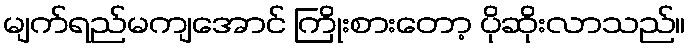
မျက်ရည်မကျအောင် ကြိုးစားတော့ ပိုဆိုးလာသည်။